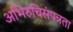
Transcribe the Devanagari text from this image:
अभिरुचिसंपन्नता